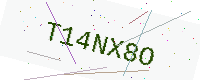
Text: T14NX8O